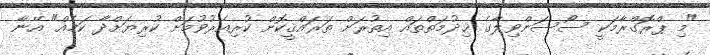
"މި ޕްރޮގްރާމަކީ ސޯސަންވިލާގެ ޚިދުމަތްތައް އިތުރަށް ތަރައްޤީކޮށް ކުރިއެރުވުމަށް ކުރިޔަށްދާ ކަމެއް" އޭނާ